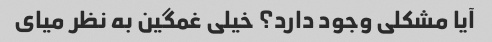
آیا مشکلی وجود دارد؟ خیلی غمگین به نظر میای